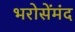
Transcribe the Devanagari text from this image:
भरोसेंमंद